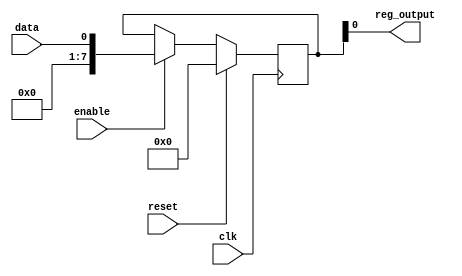
module register_block (
    input wire data, 
    input wire clk, 
    input wire enable, 
    input wire reset, 
    output reg reg_output
);

reg [7:0] reg_data; // Register to store the data values

always @ (posedge clk) begin
    if (reset) begin
        reg_data <= 8'b0; // Reset the register contents to 0
    end else if (enable) begin
        reg_data <= data; // Store the input data value in the register
    end
end

assign reg_output = reg_data;

endmodule